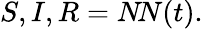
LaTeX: S,I,R=N\! N(t).